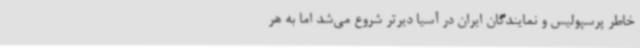
خاطر پرسپولیس و نمایندگان ایران در آسیا دیرتر شروع می‌شد اما به هر